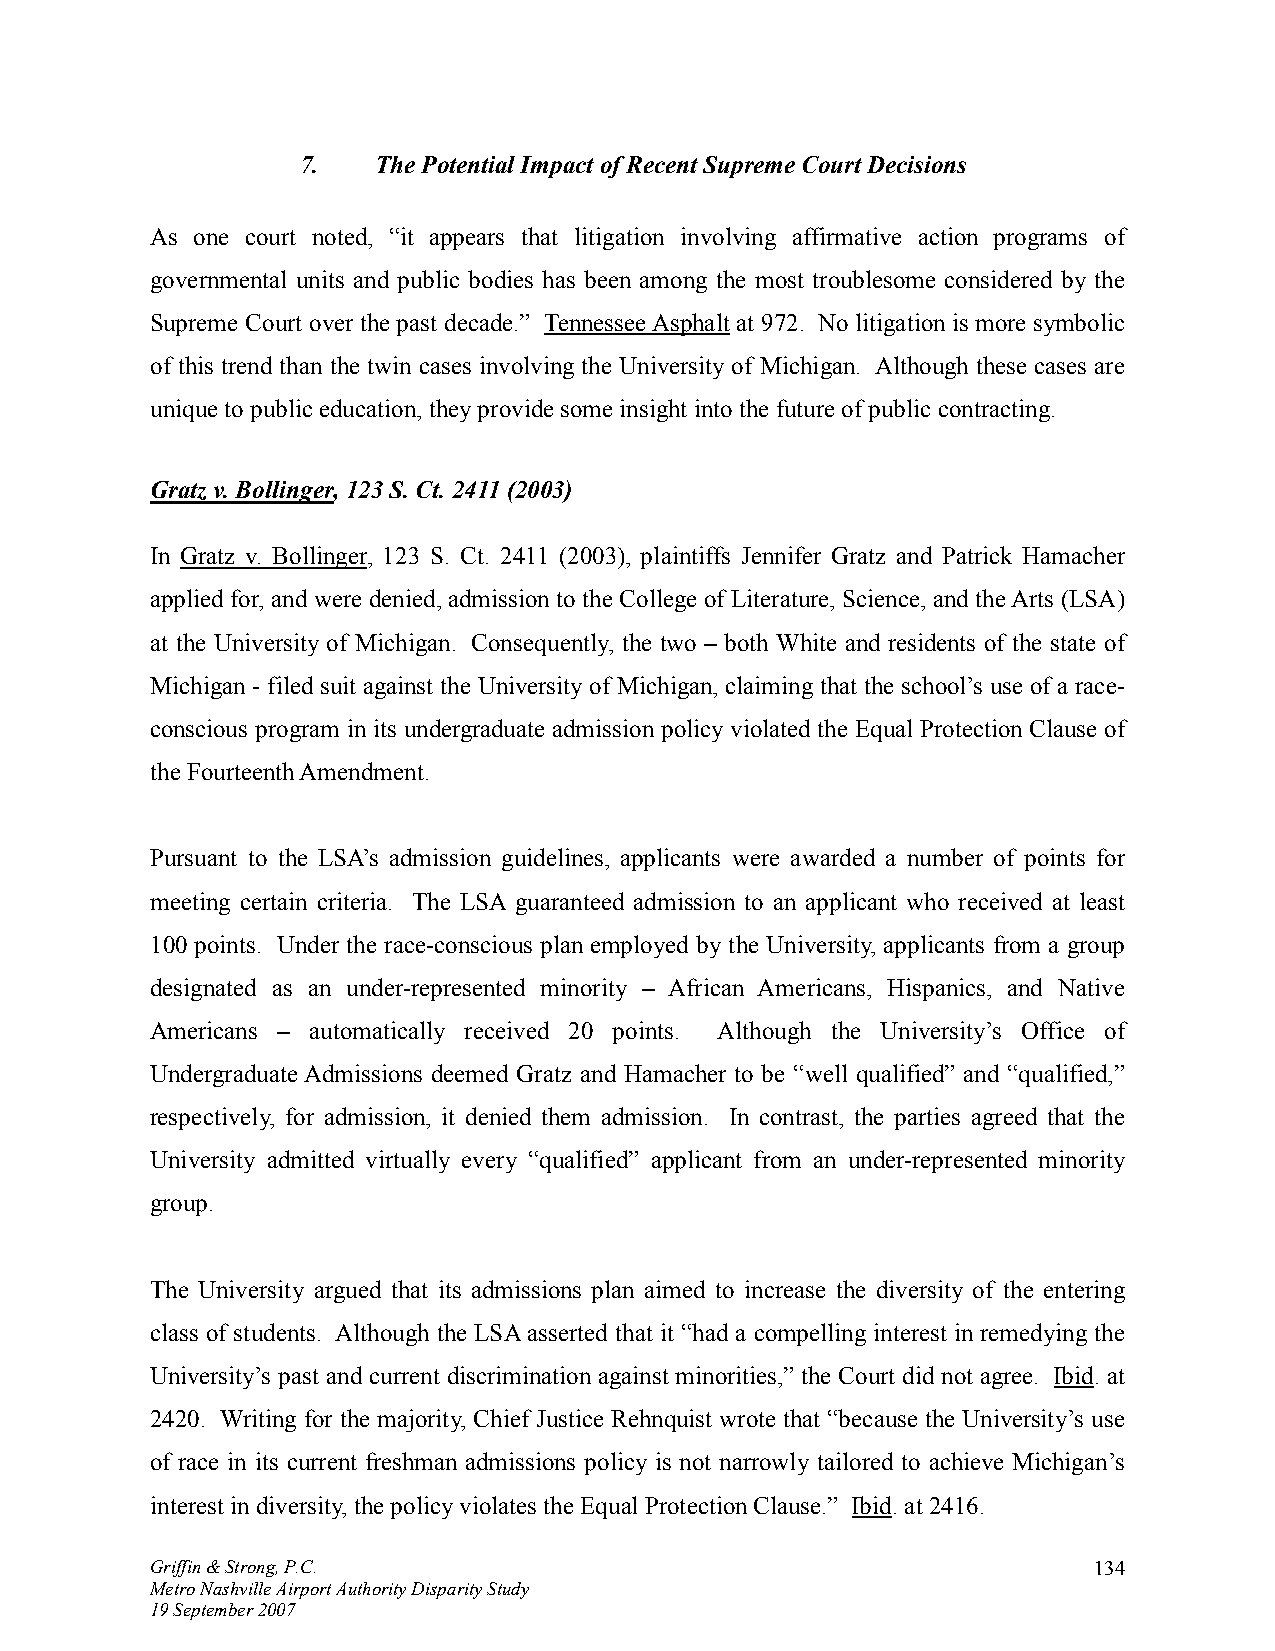
7.   The Potential Impact of Recent Supreme Court Decisions
 As one court noted, “it appears that litigation involving affirmative action programs of
 governmental units and public bodies has been among the most troublesome considered by the
 Supreme Court over the past decade.” Tennessee Asphalt at 972. No litigation is more symbolic
 of this trend than the twin cases involving the University of Michigan. Although these cases are
 unique to public education, they provide some insight into the future of public contracting.
 Gratz v. Bollinger, 123 S. Ct. 2411 (2003)
 In Gratz v. Bollinger, 123 S. Ct. 2411 (2003), plaintiffs Jennifer Gratz and Patrick Hamacher
 applied for, and were denied, admission to the College of Literature, Science, and the Arts (LSA)
 at the University of Michigan. Consequently, the two – both White and residents of the state of
 Michigan - filed suit against the University of Michigan, claiming that the school’s use of a race-
 conscious program in its undergraduate admission policy violated the Equal Protection Clause of
 the Fourteenth Amendment.
 Pursuant to the LSA’s admission guidelines, applicants were awarded a number of points for
 meeting certain criteria. The LSA guaranteed admission to an applicant who received at least
 100 points. Under the race-conscious plan employed by the University, applicants from a group
 designated as an under-represented minority – African Americans, Hispanics, and Native
 Americans – automatically received 20 points. Although the University’s Office of
 Undergraduate Admissions deemed Gratz and Hamacher to be “well qualified” and “qualified,”
 respectively, for admission, it denied them admission. In contrast, the parties agreed that the
 University admitted virtually every “qualified” applicant from an under-represented minority
 group.
 The University argued that its admissions plan aimed to increase the diversity of the entering
 class of students. Although the LSA asserted that it “had a compelling interest in remedying the
 University’s past and current discrimination against minorities,” the Court did not agree. Ibid. at
 2420. Writing for the majority, Chief Justice Rehnquist wrote that “because the University’s use
 of race in its current freshman admissions policy is not narrowly tailored to achieve Michigan’s
 interest in diversity, the policy violates the Equal Protection Clause.” Ibid. at 2416.
 Griffin & Strong, P.C.                                        134
 Metro Nashville Airport Authority Disparity Study
 19 September 2007